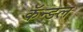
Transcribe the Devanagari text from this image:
कॅन्डल